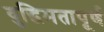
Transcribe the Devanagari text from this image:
वुद्धिमतापूर्ण